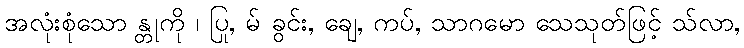
အလုံးစုံသော န္တုကို ၊ ပြု, မ် ခွင်း, ချေ, ကပ်, သာဂမော သေသုတ်ဖြင့် သ်လာ,